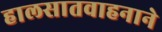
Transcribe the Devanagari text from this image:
हालसातवाहनाने